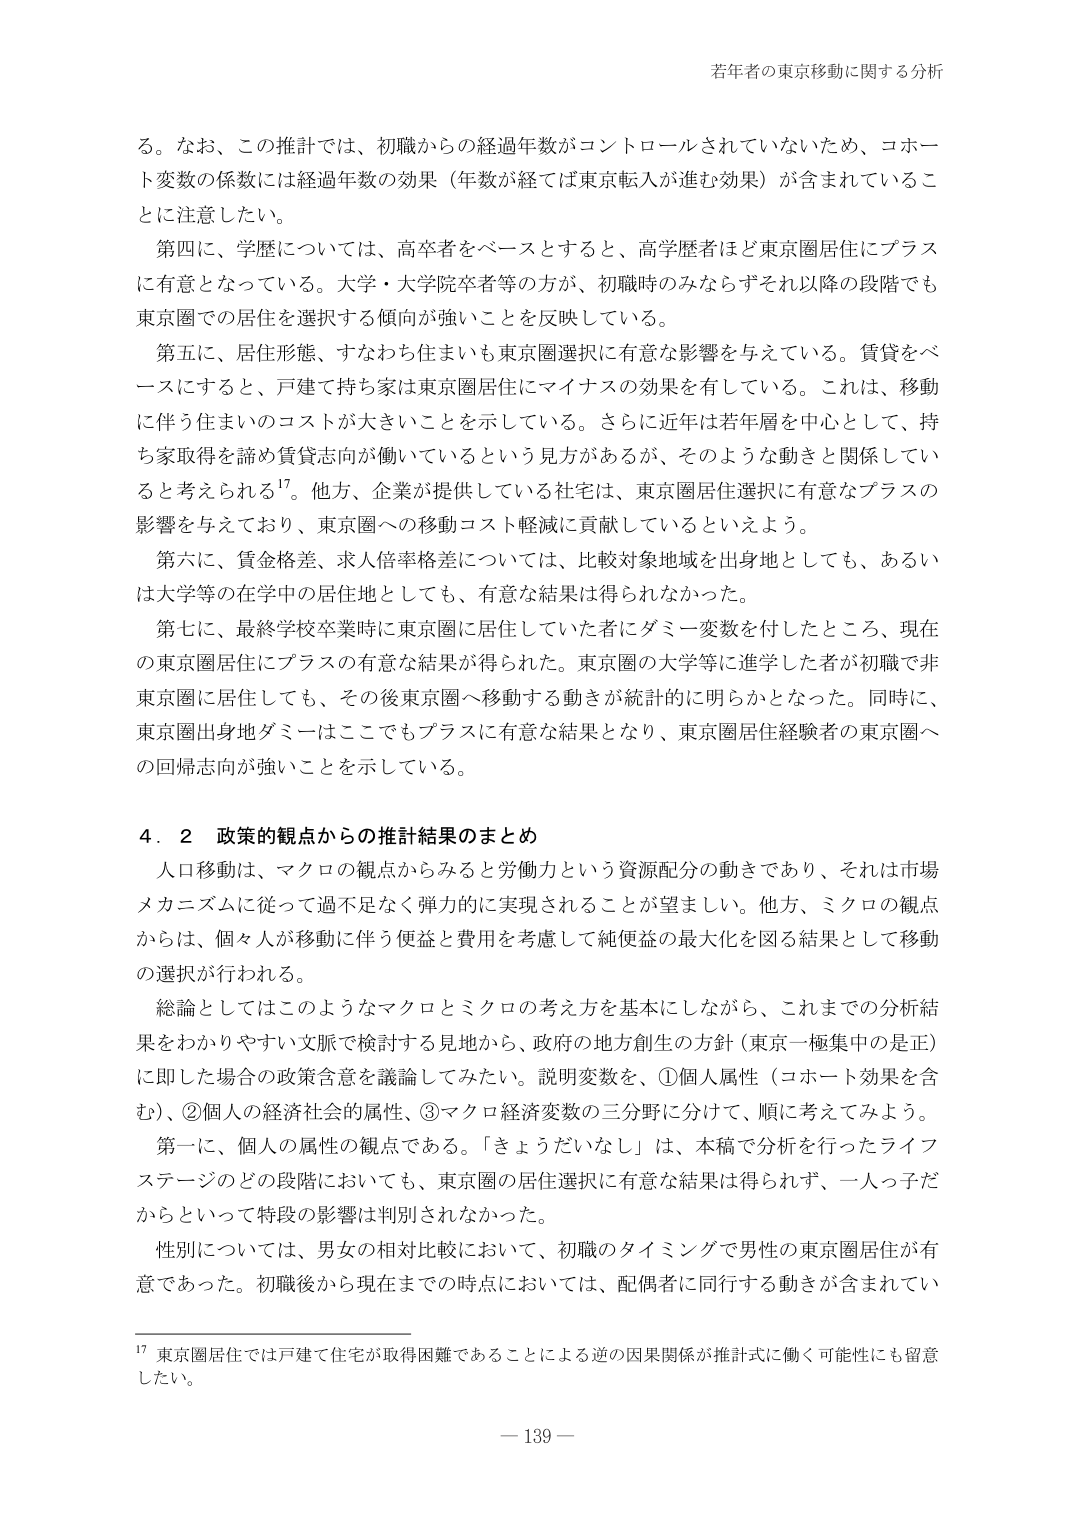
若年者の東京移動に関する分析

る。なお、この推計では、初職からの経過年数がコントロールされていないため、コホート変数の係数には経過年数の効果（年数が経てば東京転入が進む効果）が含まれていることに注意したい。

第四に、学歴については、高卒者をベースとすると、高学歴者はど東京圏居住にプラスに有意となっている。大学・大学院卒者等の方が、初職時のみならずそれ以降の段階でも東京圏での居住を選択する傾向が強いことを反映している。

第五に、居住形態、すなわち住まいも東京圏選択に有意な影響を与えている。賃貸をベースにすると、戸建て持ち家は東京圏居住にマイナスの効果を有している。これは、移動に伴う住まいのコストが大きいことを示している。さらに近年は若年層を中心として、持ち家取得を諦め賃貸志向が働いているという見方があるが、そのような動きと関係していると考えられる17。他方、企業が提供している住宅は、東京圏居住選択に有意なプラスの影響を与えており、東京圏への移動コスト軽減に貢献しているといえよう。

第六に、賃金格差、求人倍率格差については、比較対象地域を出身地としても、あるいは大学等の在学中の居住地としても、有意な結果は得られなかった。

第七に、最終学校卒業時に東京圏に居住していた者にダミー変数を付したところ、現在の東京圏居住にプラスの有意な結果が得られた。東京圏の大学等に進学した者が初職で非東京圏に居住しても、その後東京圏へ移動する動きが統計的に明らかとなった。同時に、東京圏出身地ダミーはここでもプラスに有意な結果となり、東京圏居住経験者の東京圏への回帰志向が強いことを示している。

4．2 政策的観点からの推計結果のまとめ

人口移動は、マクロの観点からみると労働力という資源配分の動きであり、それは市場メカニズムに従って過不足なく弾力的に実現されることが望ましい。他方、ミクロの観点からは、個々人が移動に伴う便益と費用を考慮して純便益の最大化を図る結果として移動の選択が行われる。

総論としてはこのようなマクロとミクロの考え方を基本にしながら、これまでの分析結果をわかりやすい文脈で検討する見地から、政府の地方創生の方針（東京一極集中中の是正）に即した場合の政策含意を議論してみたい。説明変数を、①個人属性（コホート効果を含む）、②個人の経済社会的属性、③マクロ経済変数の三分野に分けて、順に考えてみよう。

第一に、個人の属性の観点である。「きょうだいなし」は、本稿で分析を行ったライフステージのどの段階においても、東京圏の居住選択に有意な結果は得られず、一人っ子だからといって特段の影響は判別されなかった。

性別については、男女の相対比較において、初職のタイミングで男性の東京圏居住が有意であった。初職後から現在までの時点においては、配偶者に同行する動きが含まれてい

17 東京圏居住では戸建て住宅が取得困難であることによる逆の因果関係が推計式に働く可能性にも留意したい。

— 139 —